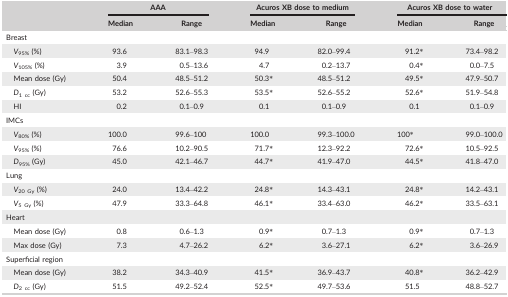
<table><thead><tr><td rowspan="2"></td><td colspan="2"><b>AAA</b></td><td colspan="2"><b>Acuros XB dose to medium</b></td><td colspan="2"><b>Acuros XB dose to water</b></td></tr><tr><td><b>Median</b></td><td><b>Range</b></td><td><b>Median</b></td><td><b>Range</b></td><td><b>Median</b></td><td><b>Range</b></td></tr></thead><tbody><tr><td colspan="7">Breast</td></tr><tr><td><i>V</i><sub>95%</sub> (%)</td><td>93.6</td><td>83.1–98.3</td><td>94.9</td><td>82.0–99.4</td><td>91.2*</td><td>73.4–98.2</td></tr><tr><td><i>V</i><sub>105%</sub> (%)</td><td>3.9</td><td>0.5–13.6</td><td>4.7</td><td>0.2–13.7</td><td>0.4*</td><td>0.0–7.5</td></tr><tr><td>Mean dose (Gy)</td><td>50.4</td><td>48.5–51.2</td><td>50.3*</td><td>48.5–51.2</td><td>49.5*</td><td>47.9–50.7</td></tr><tr><td><i>D</i><sub>1 cc</sub> (Gy)</td><td>53.2</td><td>52.6–55.3</td><td>53.5*</td><td>52.6–55.2</td><td>52.6*</td><td>51.9–54.8</td></tr><tr><td>HI</td><td>0.2</td><td>0.1–0.9</td><td>0.1</td><td>0.1–0.9</td><td>0.1</td><td>0.1–0.9</td></tr><tr><td colspan="7">IMCs</td></tr><tr><td><i>V</i><sub>80%</sub> (%)</td><td>100.0</td><td>99.6–100</td><td>100.0</td><td>99.3–100.0</td><td>100*</td><td>99.0–100.0</td></tr><tr><td><i>V</i><sub>95%</sub> (%)</td><td>76.6</td><td>10.2–90.5</td><td>71.7*</td><td>12.3–92.2</td><td>72.6*</td><td>10.5–92.5</td></tr><tr><td><i>D</i><sub>95%</sub> (Gy)</td><td>45.0</td><td>42.1–46.7</td><td>44.7*</td><td>41.9–47.0</td><td>44.5*</td><td>41.8–47.0</td></tr><tr><td colspan="7">Lung</td></tr><tr><td><i>V</i><sub>20 Gy</sub> (%)</td><td>24.0</td><td>13.4–42.2</td><td>24.8*</td><td>14.3–43.1</td><td>24.8*</td><td>14.2–43.1</td></tr><tr><td><i>V</i><sub>5 Gy</sub> (%)</td><td>47.9</td><td>33.3–64.8</td><td>46.1*</td><td>33.4–63.0</td><td>46.2*</td><td>33.5–63.1</td></tr><tr><td colspan="7">Heart</td></tr><tr><td>Mean dose (Gy)</td><td>0.8</td><td>0.6–1.3</td><td>0.9*</td><td>0.7–1.3</td><td>0.9*</td><td>0.7–1.3</td></tr><tr><td>Max dose (Gy)</td><td>7.3</td><td>4.7–26.2</td><td>6.2*</td><td>3.6–27.1</td><td>6.2*</td><td>3.6–26.9</td></tr><tr><td colspan="7">Superficial region</td></tr><tr><td>Mean dose (Gy)</td><td>38.2</td><td>34.3–40.9</td><td>41.5*</td><td>36.9–43.7</td><td>40.8*</td><td>36.2–42.9</td></tr><tr><td><i>D</i><sub>2 cc</sub> (Gy)</td><td>51.5</td><td>49.2–52.4</td><td>52.5*</td><td>49.7–53.6</td><td>51.5</td><td>48.8–52.7</td></tr></tbody></table>